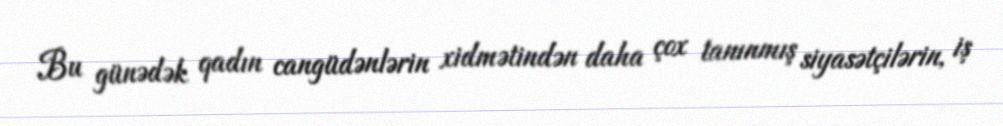
Bu günədək qadın cangüdənlərin xidmətindən daha çox tanınmış siyasətçilərin, iş